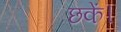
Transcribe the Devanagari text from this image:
छकें।